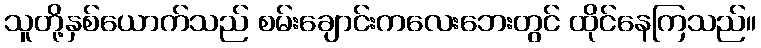
သူတို့နှစ်ယောက်သည် စမ်းချောင်းကလေးဘေးတွင် ထိုင်နေကြသည်။